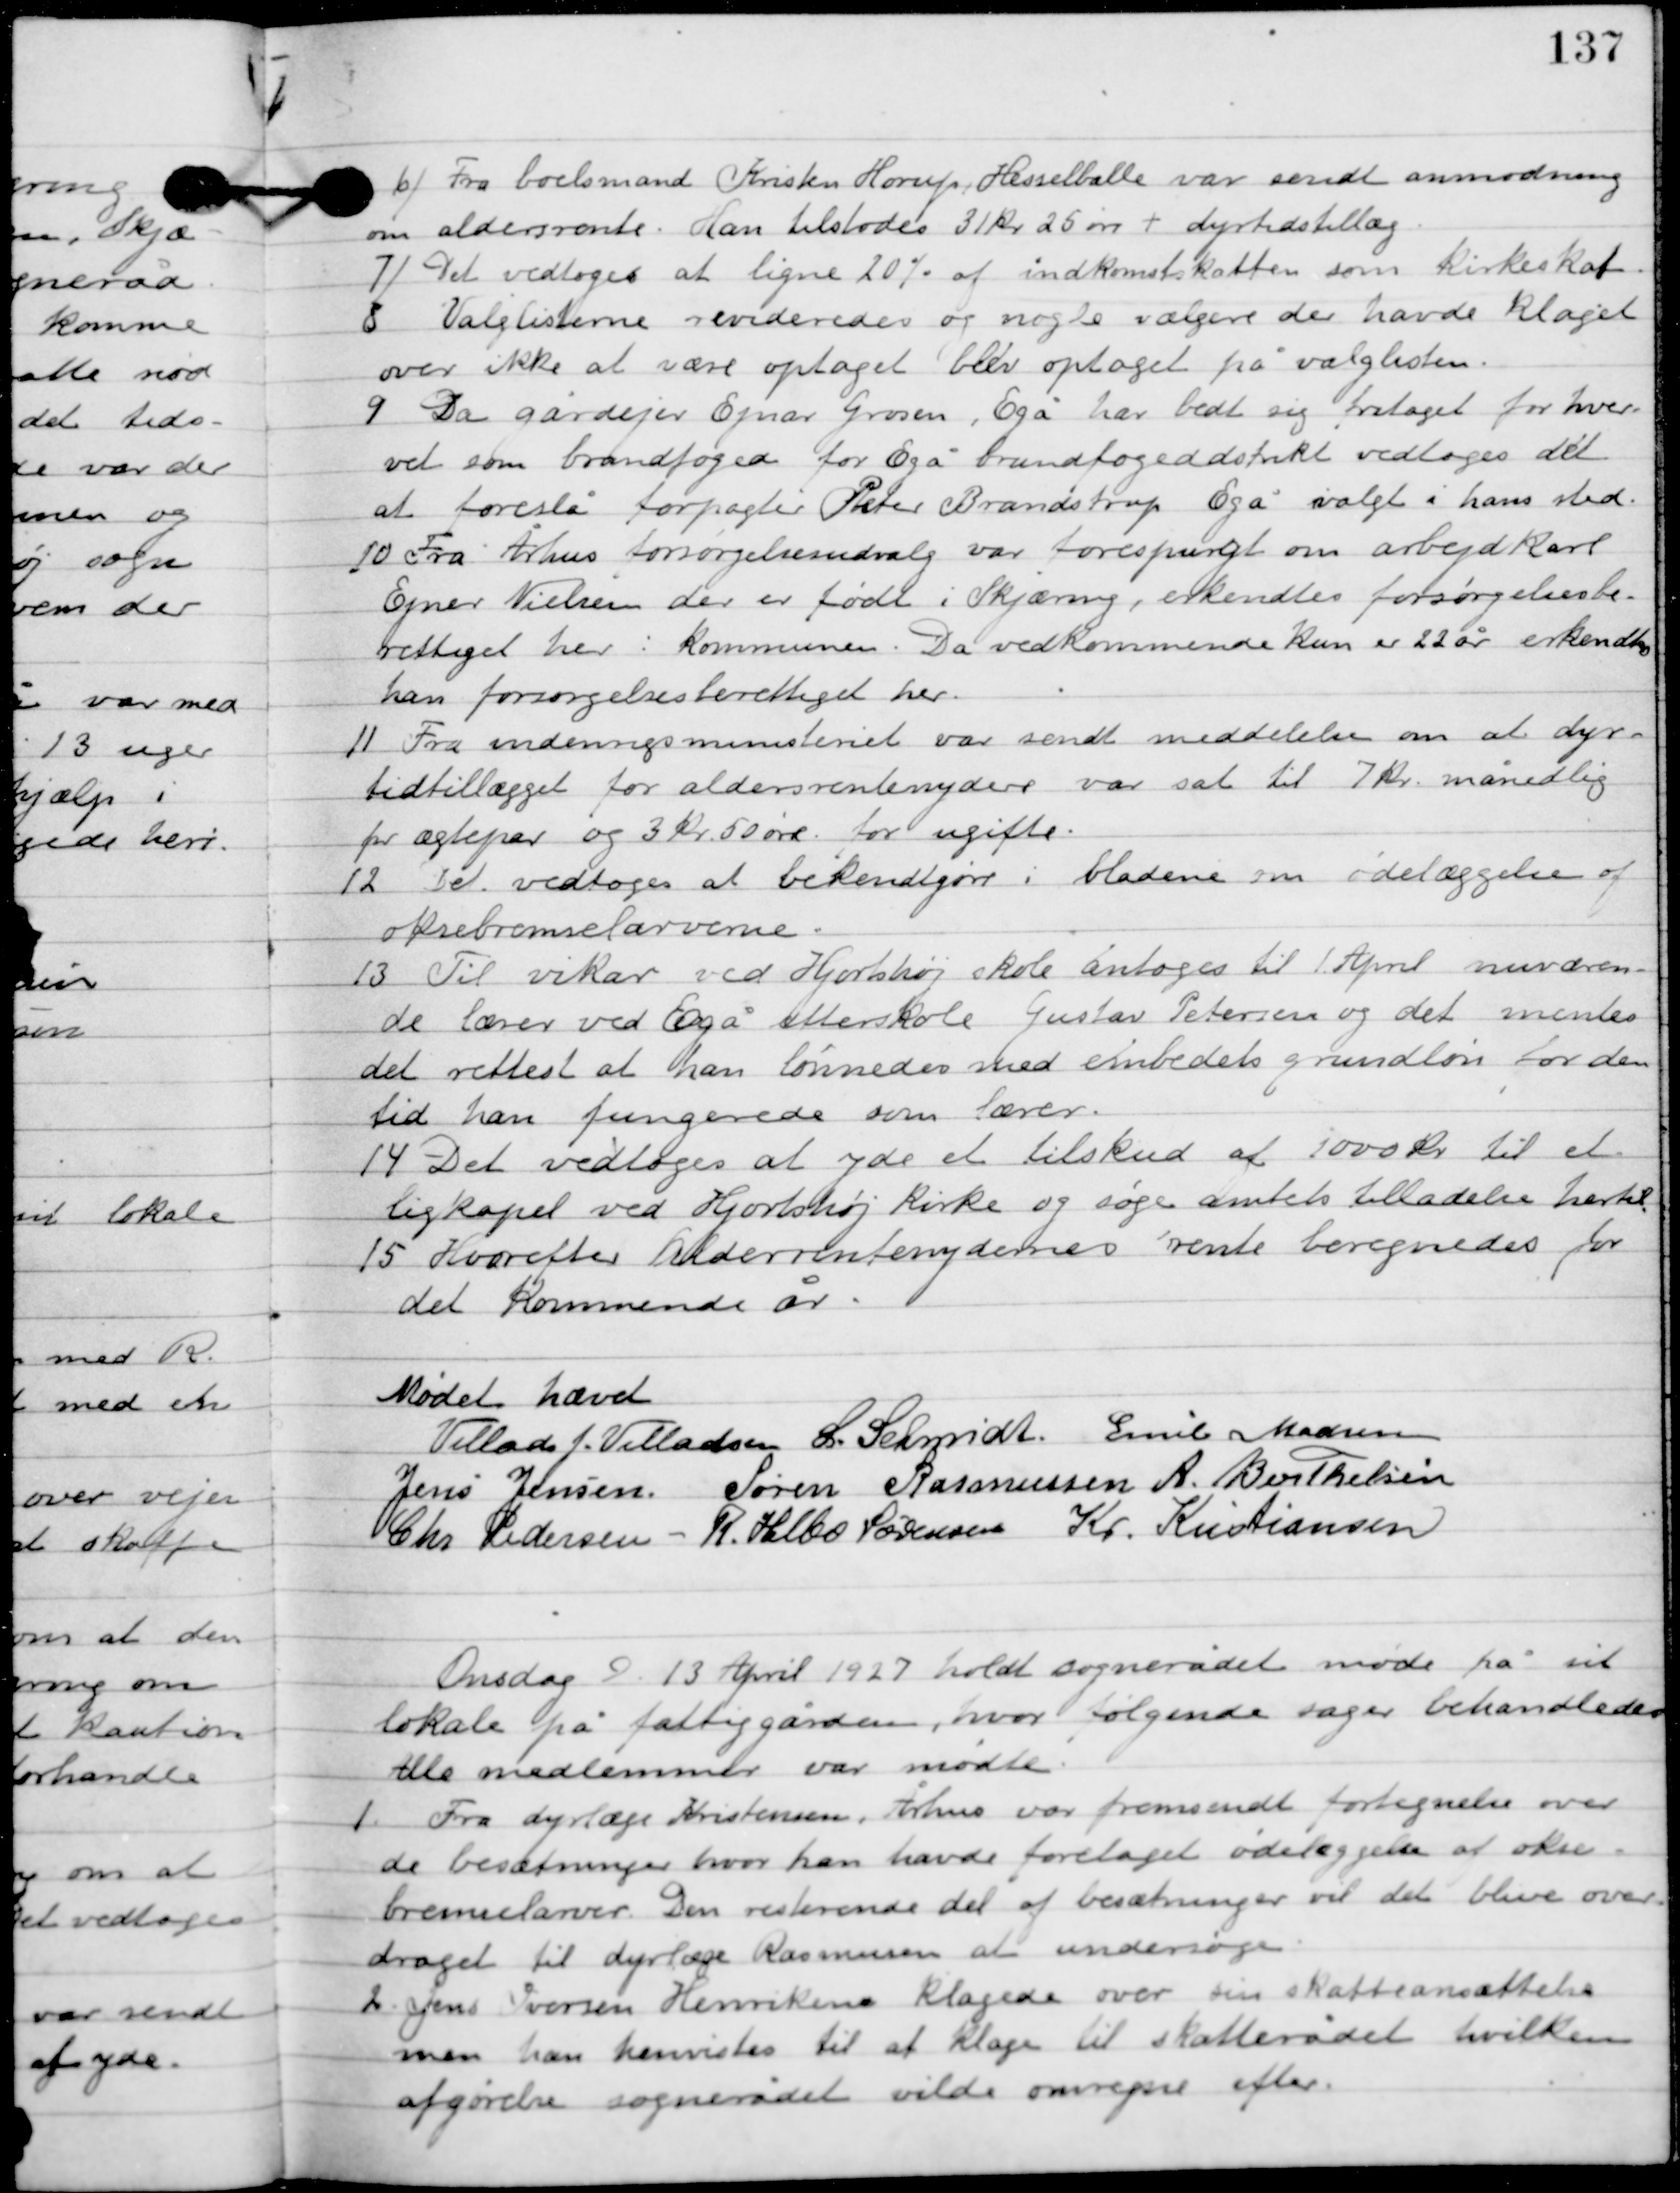
Transskription:
6

Fra boelsmand Kristen Horup Hesselballe var sendt anmodning
om aldersrente. Han tilstodes 31 kr. 25 øre + dyrtidstillæg.

7

Det vedtoges at ligne 20 % af indkomstskatten som kirkeskat.

8

Valglisterne revideredes og nogle vælgere der havde klaget
over ikke at være optaget blev optaget på valglisten.

9

Da gårdejer Ejnar Grosen, Egå har bedt sig fritaget for hver-
vet som brandfoged for Egå brandfogeddistrikt vedtoges det
 at forslå forpagter Peter Brandstrup Egå valgt i hans sted.

10

Fra Århus forsørgelsesudvalg var forespurgt om arbejdkarl
Egner Nielsen der er født i Skjæring, erkendtes forsørgelsesbe-
rettiget her i kommunen. Det vedkommende kun er 22 år erkendtes
han forsørgelsesberettiget her.

11

Fra indenrigsministeriet var sendt meddelelse om at dyr-
tidstillægget for aldersrentenydere var sat til 7 kr. månedlig
for ægtepar og 3 kr. 50 øre for ugifte.

12

Det vedtoges at bekendtgøre i bladene om ødelæggelse af
oksebremselarverne.

13

Til vikar ved Hjortshøj skole antoges til 1. April nuværen-
de lærer ved Egå efterskole Gustav Petersen og det mentes
det rettest at han lønnedes med embedets grundløn for den
tid han fungerede som lærer.

14

Det vedtoges at yde et tilskud af 1000 kr. til et
ligkapel ved Hjortshøj kirke og søge amtets tilladelse hertil.

15

Hvorefter aldersrentenydernes rente beregnedes for
det kommende år.

Mødet hævet

Villads J. Villadsen
L. Schmidt
Emil Madsen
Jens Jensen
Søren Rasmussen
A. Berthelsen
Chr. Pedersen
R. Helbo Sørensen
Kr. Kristiansen

Onsdag D. 13. April 1927 holdt sognerådet møde på sit
lokale på fattiggården, hvor følgende sager behandledes.
Alle medlemmer var mødte.

1

Fra dyrlæge Kristensen, Århus var fremsendt fortegnelse over
de besætninger hvor han havde foretaget ødelæggelse af okse-
bremselarver. Den resterende del af besætninger vil det blive over-
draget til dyrlæge Rasmusen at undersøge.

2

Jens Iversen Henriksen klagede over sin skatteansættelse
men han henvistes til at klage til skatterådet hvilken
afgørelse sognerådet vilde omregne efter.